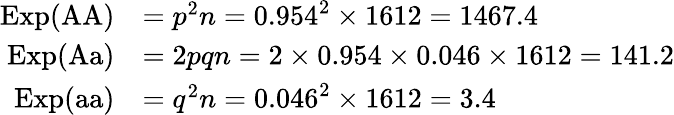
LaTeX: {\begin{array}{rl}{\mathrm{Exp}({\mathrm{AA}})}&{=p^{2}n=0.954^{2}\times 1612=1467.4}\\ {\mathrm{Exp}({\mathrm{Aa}})}&{=2pqn=2\times 0.954\times 0.046\times 1612=141.2}\\ {\mathrm{Exp}({\mathrm{aa}})}&{=q^{2}n=0.046^{2}\times 1612=3.4}\end{array}}